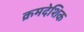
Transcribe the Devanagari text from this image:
क्रमदेशिक